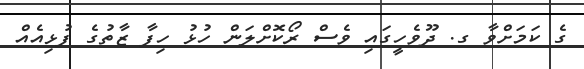
ގެ ކަމަށްވާ ގ. ދޫވެހީގައި ވެސް ރޯކޮށްލަން ހުޅު ހިފާ ޒާތުގެ ފުޅިއެއް